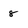
Character: 8